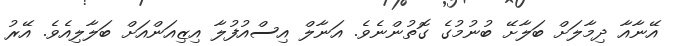
އޭނާއާ ދިމާލަށް ބަލާށޭ ބުނުމުގެ ގޮތުންނެވެ. އަނާލް އިސްއުފުލާ އިޒިއަންއަށް ބަލާލިއެވެ. އޭރު